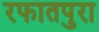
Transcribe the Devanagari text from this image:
रफातपुरा